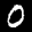
Label: 0